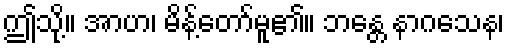
ဤသို့။ အာဟ၊ မိန့်တော်မူ၏။ ဘန္တေ နာဂသေန၊